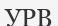
УРВ